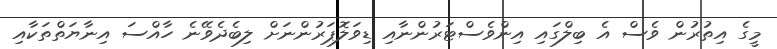
މީގެ އިތުރުން ވެސް އެ ބިލްގައި އިންވެސްޓަރުންނާއި ޑިވަލޮޕަރުންނަށް ލިބެދެވޭނެ ހާއްސަ އިނާޔަތްތަކާއި